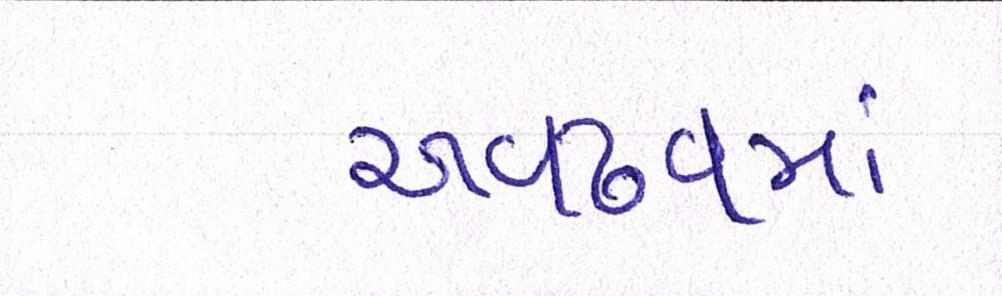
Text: અવઢવમાં